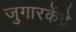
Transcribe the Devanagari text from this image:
जुगारकेंद्रे